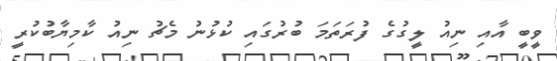
ވީބީ އާއި ނިއު ލީގުގެ ފުރަތަމަ ބުރުގައި ކުޅުނު މެޗު ނިއު ކާމިޔާބުކުރީ